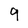
Character: 9